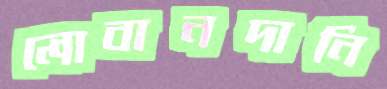
লোবানদানি